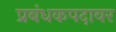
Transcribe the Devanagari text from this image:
प्रबंधकपदावर